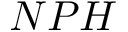
N P H